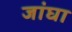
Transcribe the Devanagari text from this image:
जांघा